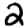
Digit: 2